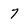
Character: 7